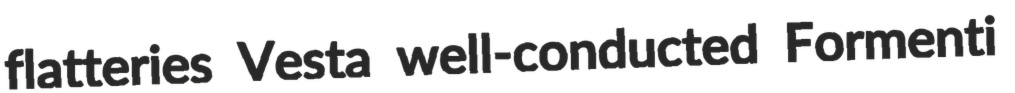
flatteries Vesta well-conducted Formenti